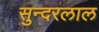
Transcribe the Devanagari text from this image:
सुन्‍दरलाल